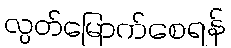
လွတ်မြောက်စေရန်